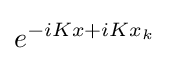
e^{-iKx+iKx_{k}}